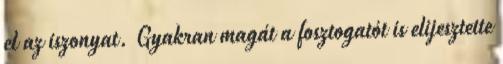
el az iszonyat. Gyakran magát a fosztogatót is elijesztette